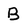
Character: B